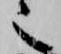
也